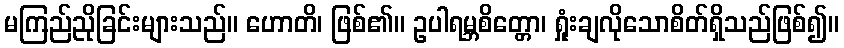
မကြည်ညိုခြင်းများသည်။ ဟောတိ၊ ဖြစ်၏။ ဥပါရမ္ဘစိတ္တော၊ ရှုံးချလိုသောစိတ်ရှိသည်ဖြစ်၍။